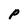
Character: P